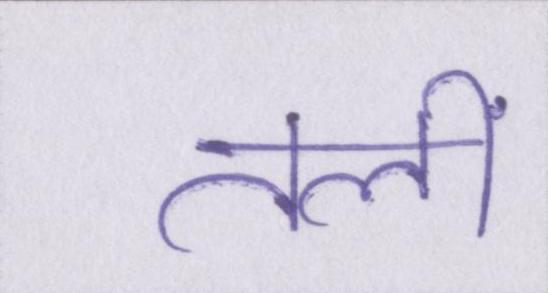
तलीं